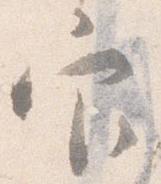
官